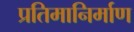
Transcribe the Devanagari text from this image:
प्रतिमानिर्माण